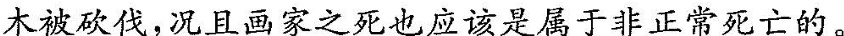
木的被砍伐，况且画家之死也应该是属于非正常死亡的